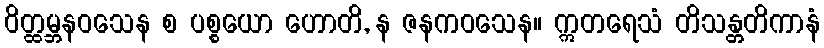
ဝိတ္ထမ္ဘနဝသေန စ ပစ္စယော ဟောတိ, န ဇနကဝသေန။ ဣတရေသံ တိသန္တတိကာနံ